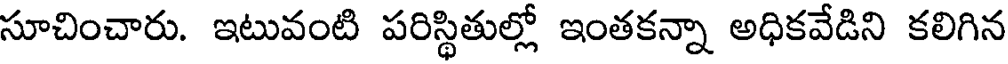
సూచించారు. ఇటువంటి పరిస్థితుల్లో ఇంతకన్నా అధికవేడిని కలిగిన